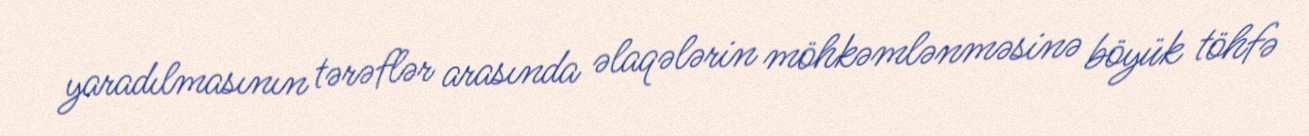
yaradılmasının tərəflər arasında əlaqələrin möhkəmlənməsinə böyük töhfə